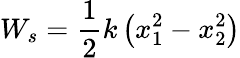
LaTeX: W_{s}={\frac{1}{2}}k\left(x_{1}^{2}-x_{2}^{2}\right)